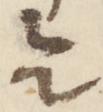
令